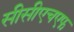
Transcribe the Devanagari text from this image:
सीसीएचएफ